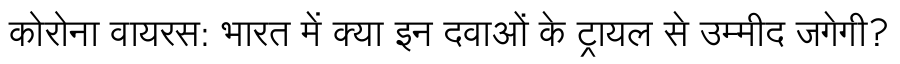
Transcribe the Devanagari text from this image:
कोरोना वायरस: भारत में क्या इन दवाओं के ट्रायल से उम्मीद जगेगी?